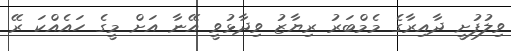
ވިލުފުށީ ދާއިރާގެ މެމްބަރު ރިޔާޒު ވިދާޅުވީ އޭނާ އަށް މީގެ ހައެއްކަ ރޭ